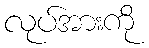
လုပ်အားကို